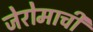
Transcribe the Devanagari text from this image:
जेरोमाची